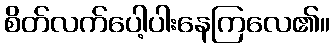
စိတ်လက်ပေါ့ပါးနေကြလေ၏။